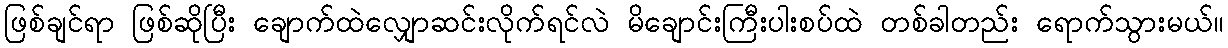
ဖြစ်ချင်ရာ ဖြစ်ဆိုပြီး ချောက်ထဲလျှောဆင်းလိုက်ရင်လဲ မိချောင်းကြီးပါးစပ်ထဲ တစ်ခါတည်း ရောက်သွားမယ်။